Report on vaccination in Madras 1922-1929 - 1922-1929
Year: 1922
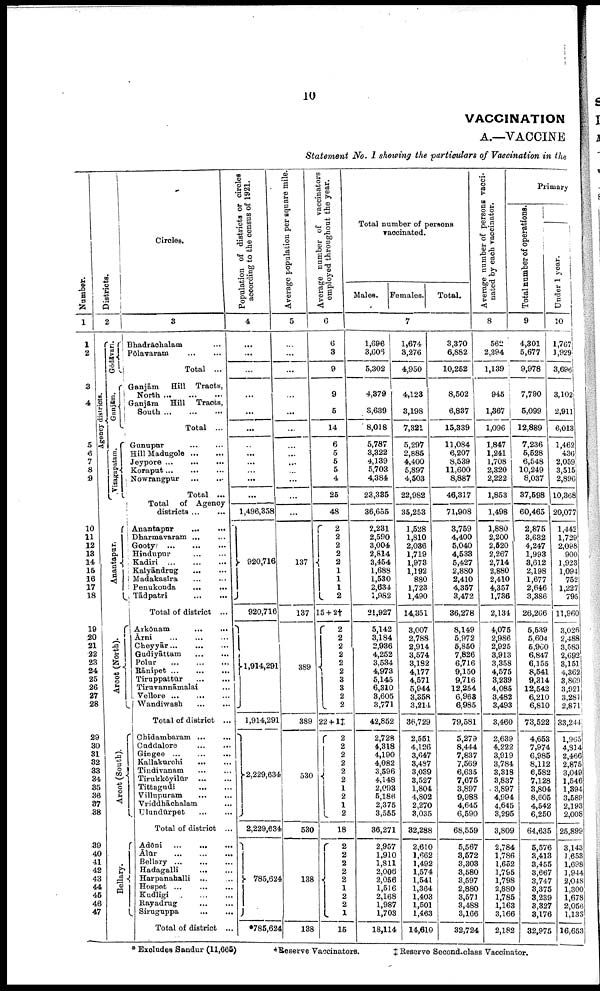
10
VACCINATION
A.—VACCINE
Statement No. I showing the particulars of Vaccination in the
Number.
1
1
2
3
4
5
6
7
8
9
10
11
12
13
14
15
16
17
18
19
20
21
22
23
24
25
26
27
28
29
30
31
32
33
34
35
36
37
38
39
40
41
42
43
44
45
46
47
Districts.
2
Agency districts.
Gódāvari.
Ganjām.
Vizagapatam.
Anantapur.
Arcot (North).
Arcot (South).
Bellary.
Circles.
3
Bhadrāchalam …
Polavaram
…
…
Total ...
Ganjām
Hill Tracts,
North … … …
Ganjām
Hill Tracts,
South
...
...
...
Total ...
Gunupur
...
...
Hill Madugole
...
...
Jeypore
...
...
...
Koraput
...
...
...
Nowrangpur
...
...
Total ...
Total of Agency
districts ... ...
Anantapur
...
...
Dharmavaram
...
...
Gooty
...
...
...
Hindupur
...
...
Kadiri
...
...
...
Kalyāndrug
…
…
Madakasira
…
…
Penukonda
...
...
Tādpatri
…
…
Total of district ...
Arkōnam
…
…
Ārni
…
…
…
Cheyyār … … …
Gudiyāttam
…
…
Polur
…
…
…
Rānipet ...
...
...
Tiruppattūr
…
…
Tiruvannāmalai …
Vellore … … …
Wandiwash
…
…
Total of district ...
Chidambaram … …
Cūddalore
…
…
Gingee
…
…
…
Kallakūrchi
…
…
Tindivanam
…
…
Tirukkōyilūr
…
…
Tittagudi
…
…
Villupuram … …
Vriddhāohalam …
Ulundūrpet
…
…
Total of district ...
Adōni
…
…
…
Ālūr
…
…
…
Bellary
…
…
…
Hadagalli
…
…
Harpanahalli ... …
Hospet
…
…
…
Kudligi … … …
Rayadrug
…
…
Siruguppa
…
…
Total of district ...
Population of districts or circles
according to the census of 1921.
4
…
...
…
...
...
...
...
...
...
...
...
...
1,496,358
920,716
920,716
11,914,291
1,914,291
2,229,634
2,229,634
785,624
*785,624
Average population per square mile.
5
…
...
...
...
...
...
...
...
...
...
...
...
...
137
137
389
389
530
530
138
138
Average number of vaccinators
employed throughout the year.
6
6
3
9
9
5
14
6
5
5
5
4
25
48
2
2
2
2
2
1
1
1
2
15 + 2†
2
2
2
2
2
2
3
3
2
2
22 + 1‡
2
2
2
2
2
2
1
2
1
2
18
2
2
2
2
2 1
2
2
1
15
Total number of persons
vaccinated.
Males. Females.
Total.
7
1,696
8,606
5,302
4,379
3,639
8,018
5,787
3,322
4,139
5,703
4,384
23,385
36,655
2,231
2,590
3,004
2,814
3,454
1,688
1,530
2,634
1,982
21,927
5,142
3,184
2,936
4,252
3,534
4,973
5,145
6,310
3,605
3,771
42,852
2,728
4,318
4,190
4,082
3,596
4,148
2,093
5,186
2,375
3,555
36,271
2,957
1,910
1,811
2,006
2,056
1,516
2,168
1,987
1,703
18,114
1,674
3,276
4,950
4,123
3,198
7,321
5,297
2,885
4,400
5,897
4,503
22,982
35,253
1,528
1,810
2,036
1,719
1,973
1,192
880
1,723
1,490
14,351
3,007
2,788
2,914
3,574
3,182
4,177
4,571
5,944
3,358
3,214
36,729
2,551
4,126
3,647
3,487
3,039
3,527
1,804
4,802
2,270
3,035
82,288
2,610
1,662
1,492
1,574
1,541
1,364
1,403
1,501
1,463
14,610
3,370
6,882
10,252
8,502
6,837
15,339
11,084
6,207
8,539
11,600
8,887
46,317
71,908
3,759
4,400
5,040
4,533
5,427
2,880
2,410
4,357
3,472
36,278
8,149
5,972
5,850
7,826
6,716
9,150
9,716
12,254
6,963
6,985
79,581
5,279
8,444
7,837
7,569
6,635
7,675
3,897
9,988
4,645
6,590
68,559
5,567
3,572
3,303
8,580
3,597
2,880
3,571
3,488
3,166
32,724
Average number of persons vacci
nated by each vaccinator.
8
562
2,294
1,139
945
1,367
1,096
1,847
1,241
1,708
2,320
2,222
1,853
1,498
1,880
2,200
2,520
2,267
2,714
2,880
2,410
4,357
1,736
2,134
4,075
2,986
2,925
3,913
3,358
4,575
3,289
4,085
3,482
3,493
3,460
2,639
4,222
3,919
3,784
3,318
3,837
3,897
4,994
4,645
3,295
3,809
2,784
1,786
1,652
1,795
1,798
2,880
1,785
1,163
3,166
2,182
Primary
Total number of operations.
9
4,301
5,677
9,978
7,790
5,099
12,889
7,236
5,528
6,548
10,249
8,037
37,598
60,465
2,875
3,632
4,247
1,993
8,612
2,198
1,677
2,646
3,386
26,266
5,539
5,604
6,960
6,847
6,155
8,541
9,314
12,542
6,210
6,810
73,522
4,653
7,974
6,985
8,112
6,582
7,128
3,804
8,605
4,542
6,250
64,635
5,576
8,413
8,455
3,667
3,747
3,375
3,239
3,327
3,176
32,975
Under 1 year.
10
1,767
1,929
3,696
3,102
2,911
6,013
1,462
436
2,059
3,515
2,896
10,368
20,077
1,442
1,729
2,098
900
1,923
1,094
752
1,227
795
11,960
3,026
2,488
3,583
2,692
3,151
4,362
3,869
3,921
3,281
2,871
33,244
1,965
4,814
2,466
2,875
3,049
1,546
1,394
3,589
2,193
2,008
25,899
3,143
1,653
1,698
1,944
2,048
1,300
1,678
2,056
1,133
16,653
* Excludes Sandur (11,665)
†Reserve Vaccinators.
‡ Reserve Second-class Vaccinator.